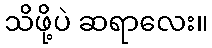
သိဖို့ပဲ ဆရာလေး။